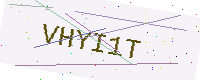
Text: VHYI1T